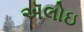
ઍલોઇ